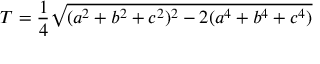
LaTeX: T = { \frac { 1 } { 4 } } { \sqrt { ( a ^ { 2 } + b ^ { 2 } + c ^ { 2 } ) ^ { 2 } - 2 ( a ^ { 4 } + b ^ { 4 } + c ^ { 4 } ) } }